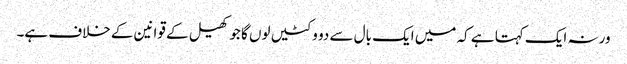
ورنہ ایک کہتا ہے کہ میں ایک بال سے دو وکٹیں لوں گا جو کھیل کے قوانین کے خلاف ہے۔